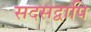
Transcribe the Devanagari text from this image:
सदसद्वापि